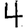
Digit: 4